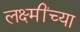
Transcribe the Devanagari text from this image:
लक्ष्मींच्या